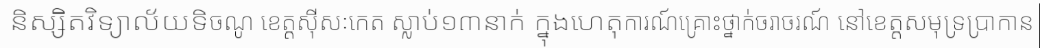
និស្សិតវិទ្យាល័យទិចណូ ខេត្តស៊ីសៈកេត ស្លាប់១៣នាក់ ក្នុងហេតុការណ៍គ្រោះថ្នាក់ចរាចរណ៍ នៅខេត្តសមុទ្រប្រាកាន